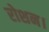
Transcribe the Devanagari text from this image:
रोशन।